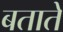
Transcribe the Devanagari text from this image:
बतातेे